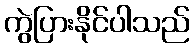
ကွဲပြားနိုင်ပါသည်